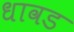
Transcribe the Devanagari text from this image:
धावड